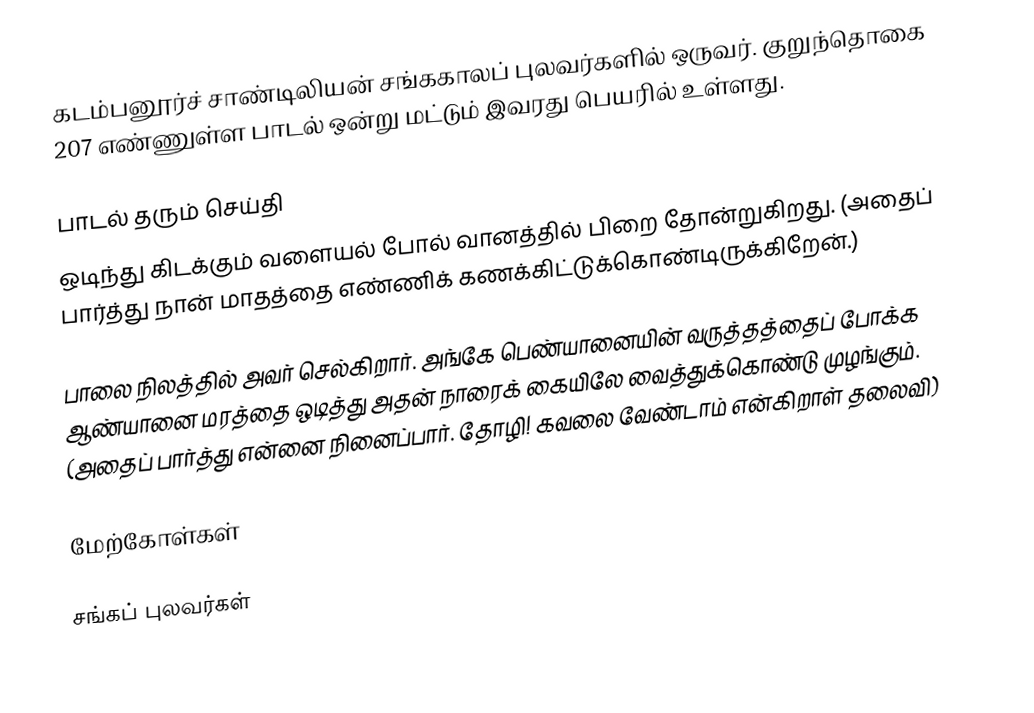
கடம்பனூர்ச் சாண்டிலியன் சங்ககாலப் புலவர்களில் ஒருவர். குறுந்தொகை 207 எண்ணுள்ள பாடல் ஒன்று மட்டும் இவரது பெயரில் உள்ளது.

பாடல் தரும் செய்தி
ஒடிந்து கிடக்கும் வளையல் போல் வானத்தில் பிறை தோன்றுகிறது. (அதைப் பார்த்து நான் மாதத்தை எண்ணிக் கணக்கிட்டுக்கொண்டிருக்கிறேன்.)

பாலை நிலத்தில் அவர் செல்கிறார். அங்கே பெண்யானையின் வருத்தத்தைப் போக்க ஆண்யானை  மரத்தை ஒடித்து அதன் நாரைக் கையிலே வைத்துக்கொண்டு முழங்கும். (அதைப் பார்த்து என்னை நினைப்பார். தோழி! கவலை வேண்டாம் என்கிறாள் தலைவி)

மேற்கோள்கள்

சங்கப் புலவர்கள்